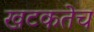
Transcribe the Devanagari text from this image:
खटकतेच